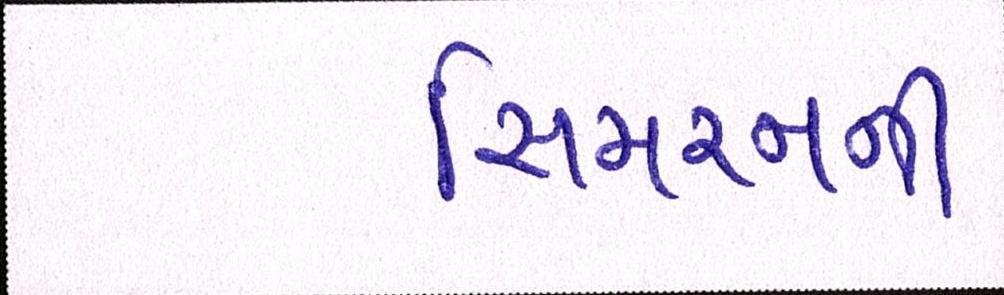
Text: સિમરનની